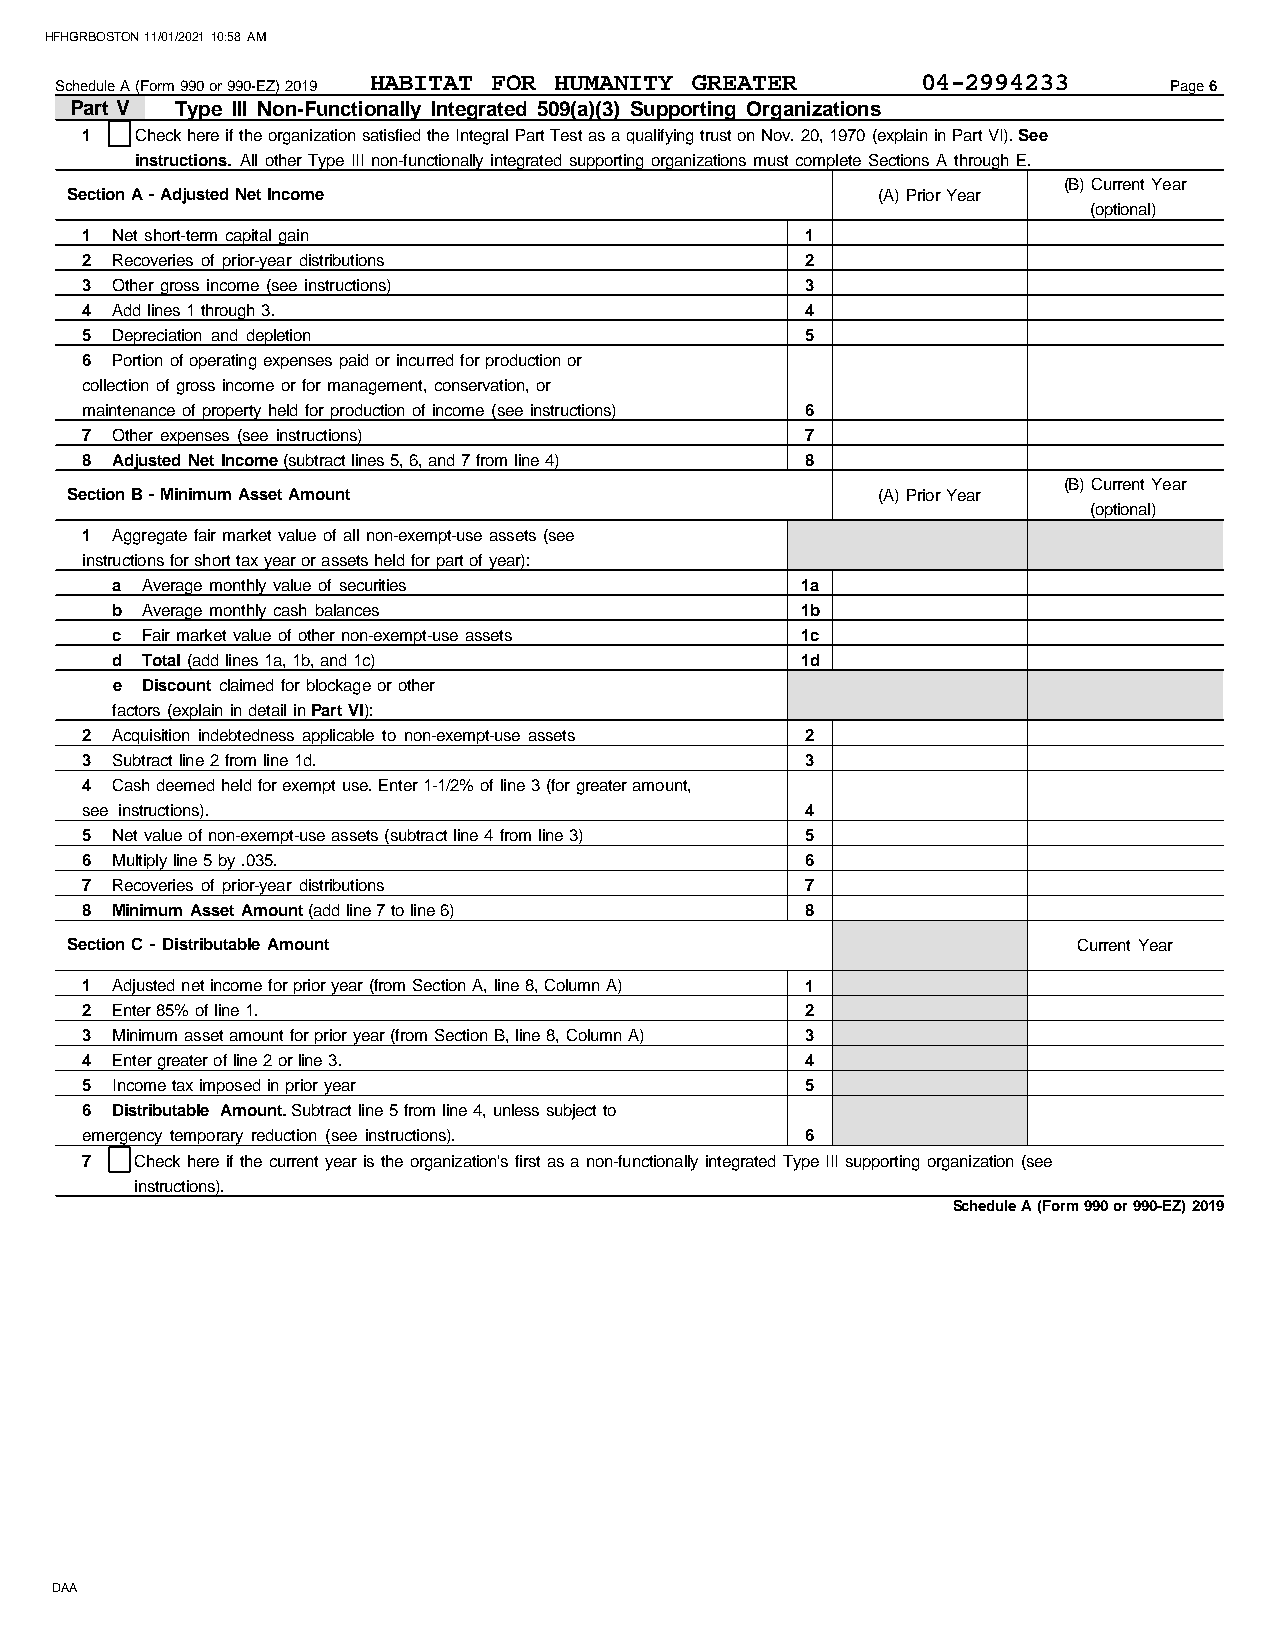
HFHGRBOSTON 11/01/2021 10:58 AM
 HABITAT  FOR HUMANITY GREATER        04-2994233
 Schedule A (Form 990 or 990-EZ) 2019                                     Page 6
 Part V Type III Non-Functionally Integrated 509(a)(3) Supporting Organizations
 1   Check here if the organization satisfied the Integral Part Test as a qualifying trust on Nov. 20, 1970 (explain in Part VI). See
 instructions. All other Type III non-functionally integrated supporting organizations must complete Sections A through E.
 (B) Current Year
 Section A - Adjusted Net Income                       (A) Prior Year
 (optional)
 1 Net short-term capital gain                   1
 2 Recoveries of prior-year distributions        2
 3 Other gross income (see instructions)         3
 4 Add lines 1 through 3.                        4
 5 Depreciation and depletion                    5
 6 Portion of operating expenses paid or incurred for production or
 collection of gross income or for management, conservation, or
 maintenance of property held for production of income (see instructions) 6
 7 Other expenses (see instructions)             7
 8 Adjusted Net Income (subtract lines 5, 6, and 7 from line 4) 8
 (B) Current Year
 Section B - Minimum Asset Amount                      (A) Prior Year
 (optional)
 1 Aggregate fair market value of all non-exempt-use assets (see
 instructions for short tax year or assets held for part of year):
 a Average monthly value of securities         1a
 b Average monthly cash balances               1b
 c Fair market value of other non-exempt-use assets 1c
 d Total (add lines 1a, 1b, and 1c)            1d
 e Discount claimed for blockage or other
 factors (explain in detail in Part VI):
 2 Acquisition indebtedness applicable to non-exempt-use assets 2
 3 Subtract line 2 from line 1d.                 3
 4 Cash deemed held for exempt use. Enter 1-1/2% of line 3 (for greater amount,
 see instructions).                              4
 5 Net value of non-exempt-use assets (subtract line 4 from line 3) 5
 6 Multiply line 5 by .035.                      6
 7 Recoveries of prior-year distributions        7
 8 Minimum Asset Amount (add line 7 to line 6)   8
 Section C - Distributable Amount                                   Current Year
 1 Adjusted net income for prior year (from Section A, line 8, Column A) 1
 2 Enter 85% of line 1.                          2
 3 Minimum asset amount for prior year (from Section B, line 8, Column A) 3
 4 Enter greater of line 2 or line 3.            4
 5 Income tax imposed in prior year              5
 6 Distributable Amount. Subtract line 5 from line 4, unless subject to
 emergency temporary reduction (see instructions). 6
 7   Check here if the current year is the organization's first as a non-functionally integrated Type III supporting organization (see
 instructions).
 Schedule A (Form 990 or 990-EZ) 2019
 DAA